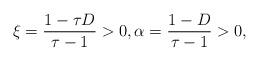
LaTeX: \begin{align*} \xi=\frac{1-\tau D}{\tau-1}>0, \alpha=\frac{1-D}{\tau-1}>0, \end{align*}